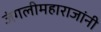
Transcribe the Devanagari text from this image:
जंगलीमहाराजांनी